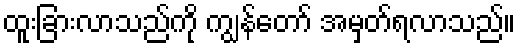
ထူးခြားလာသည်ကို ကျွန်တော် အမှတ်ရလာသည်။